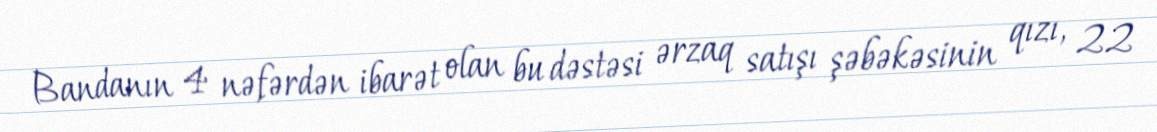
Bandanın 4 nəfərdən ibarət olan bu dəstəsi ərzaq satışı şəbəkəsinin qızı, 22